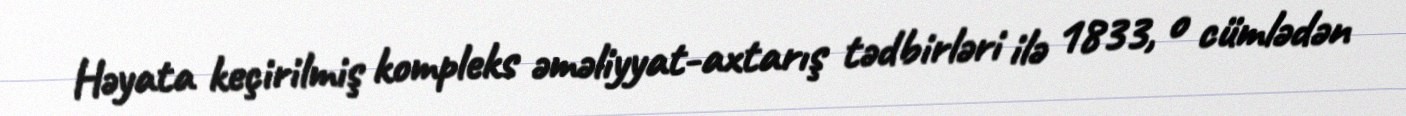
Həyata keçirilmiş kompleks əməliyyat-axtarış tədbirləri ilə 1833, o cümlədən